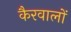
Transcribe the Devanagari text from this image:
कैरवालों